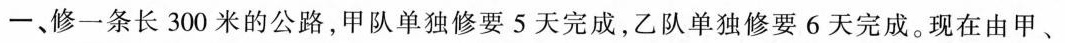
一、修一条长300米的公路，甲队单独修要5天完成，乙队单独修要6天完成。现在由甲、